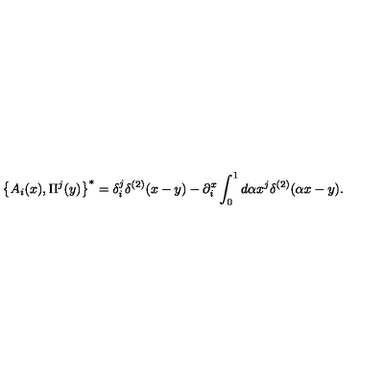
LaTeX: \left\{ { A _ { i } ( x ) , \Pi ^ { j } ( y ) } \right\} ^ { * } = \delta _ { i } ^ { j } \delta ^ { ( 2 ) } ( x - y ) - \partial _ { i } ^ { x } \int _ { 0 } ^ { 1 } { d \alpha x ^ { j } \delta ^ { ( 2 ) } } ( \alpha x - y ) .